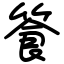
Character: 篒